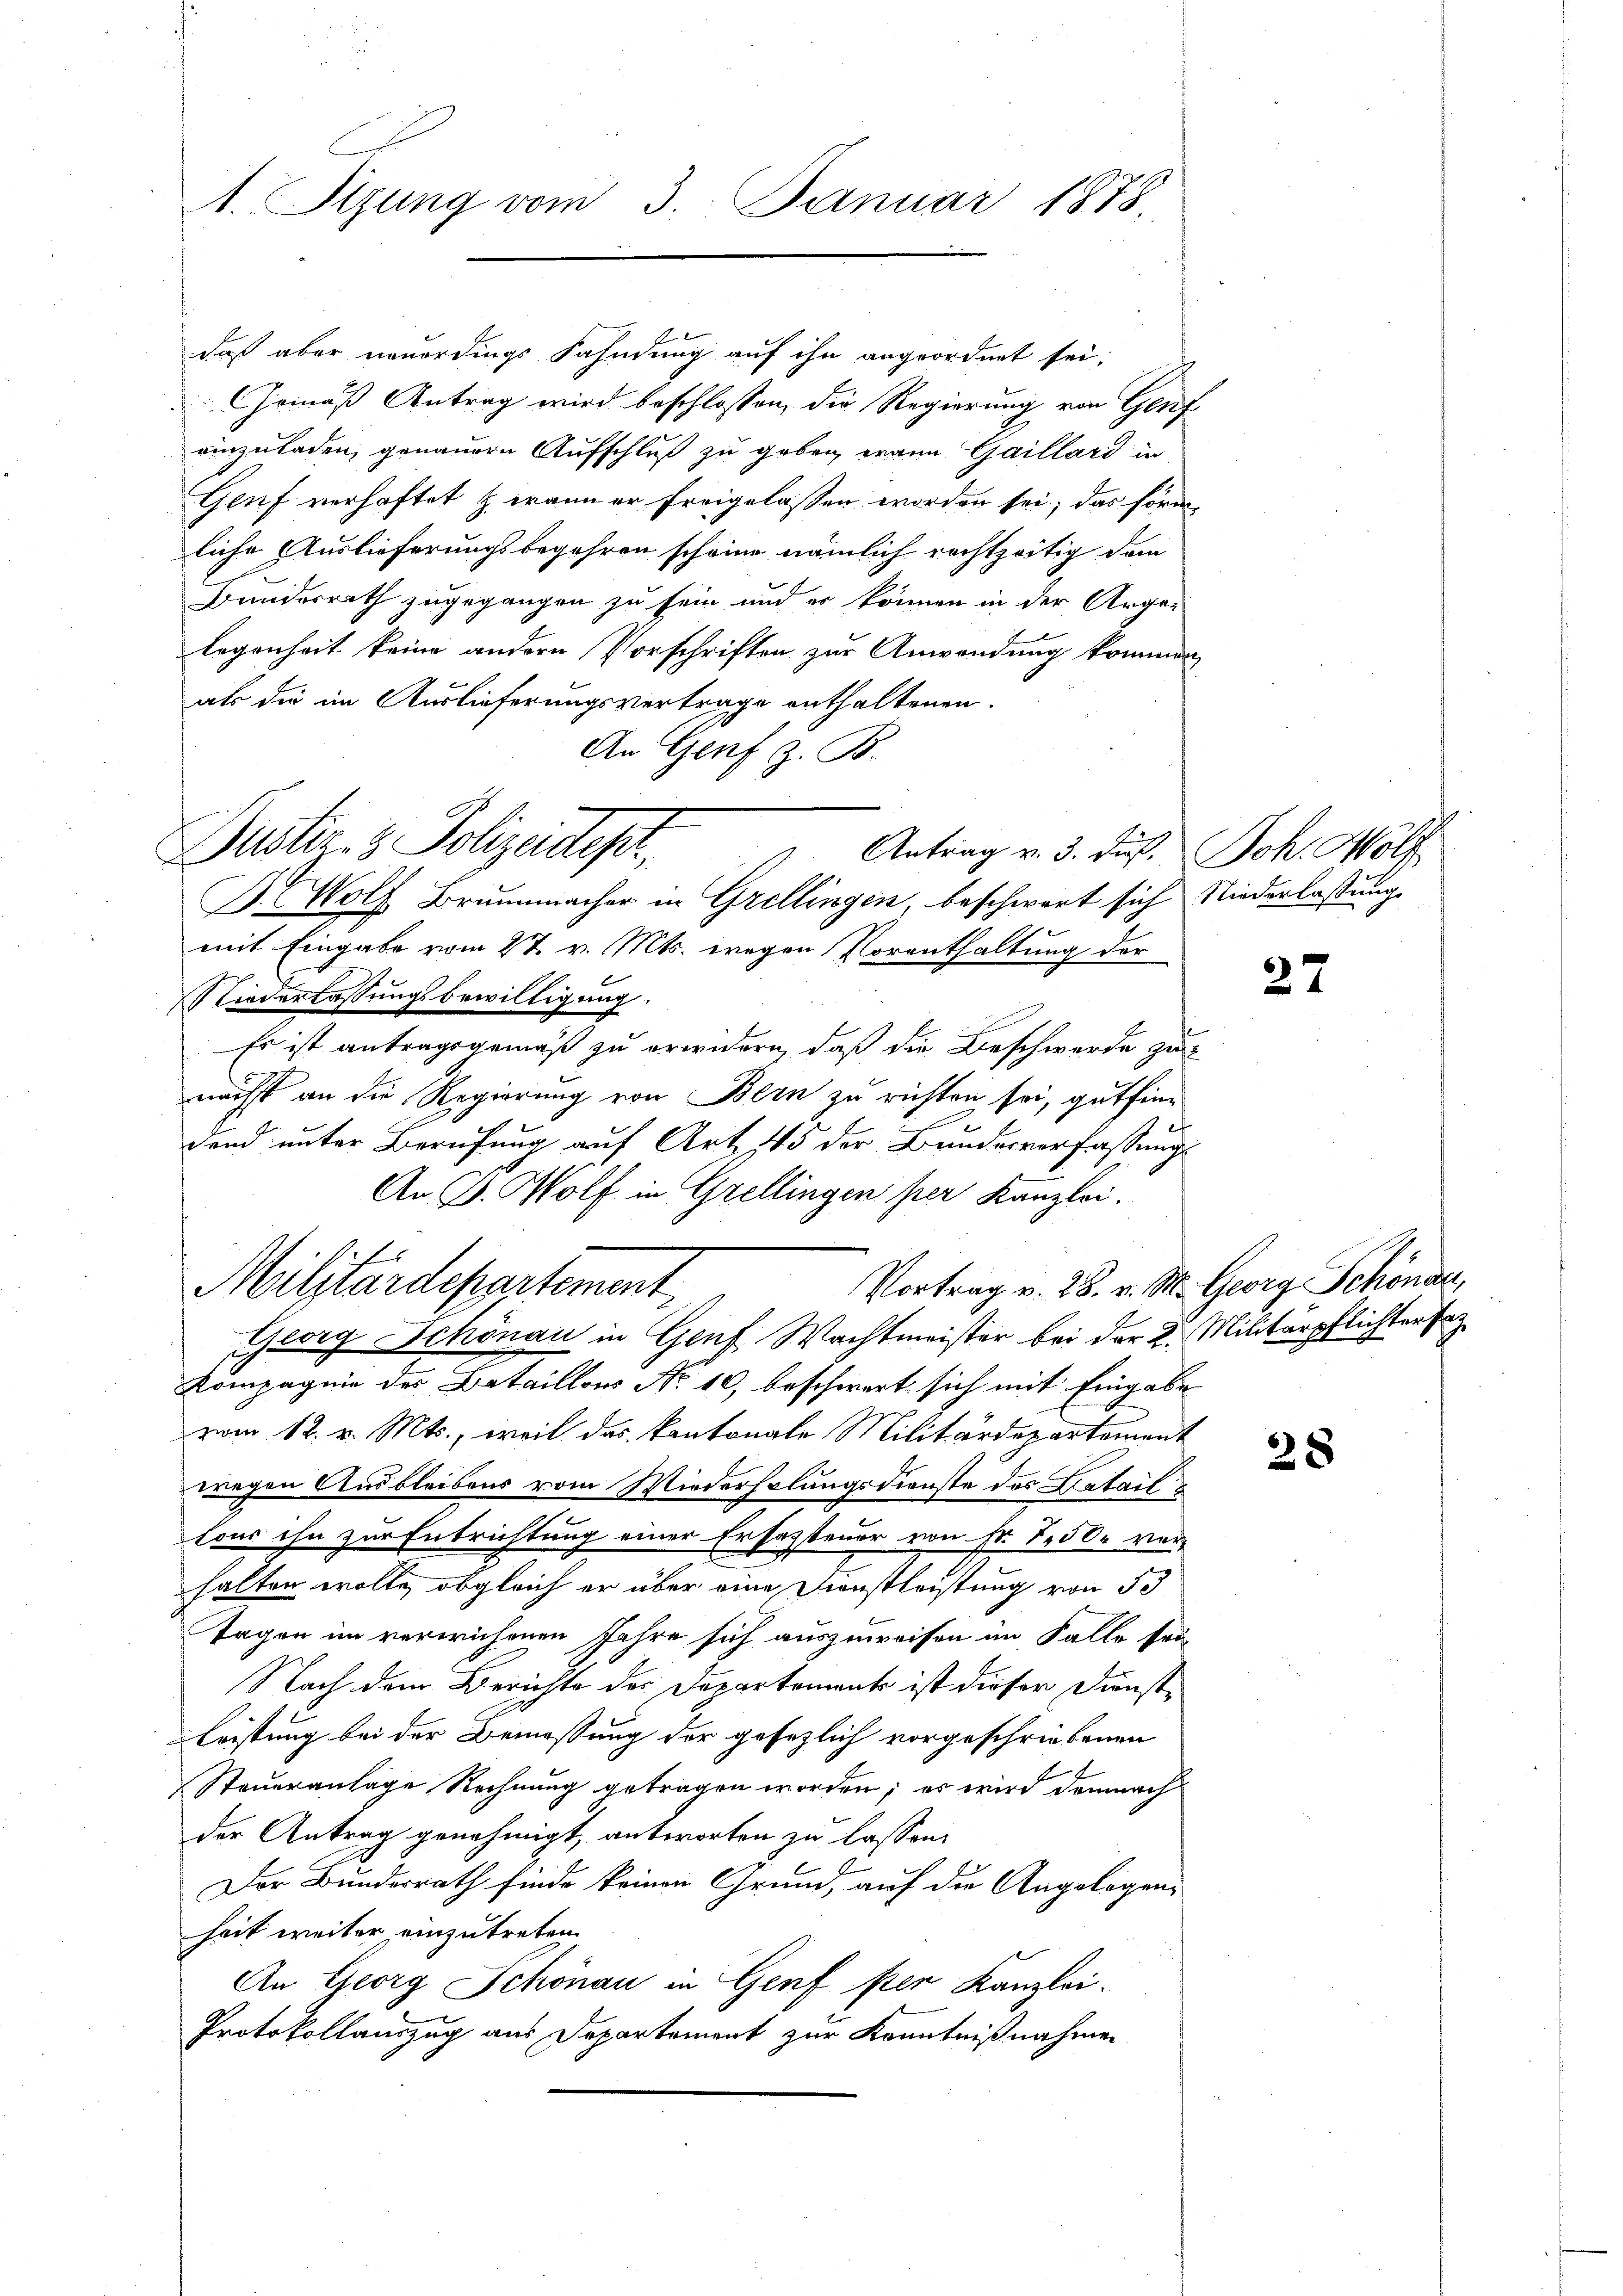
daß aber neuerdings Fahndung auf ihn angeordnet sei;
Gomäß Antrag wird beschlossen, die Regierung von Genf
einzuladen, genauern Aufschluß zu geben, wann Gaillard in
Genf verhaftet & wann er freigelassen worden sei, das förm
liche Auslieferungsbegehren scheine nämlich rechtzeitig dem
Bundesrath zugegangen zu sein und er können in der Arge-
legenheit keine andern Vorschriften zur Anwendung kommen
als die im Auslieferungsvertrage enthaltenen.
An Genf z. B.
Antrag v. 3. dieß. Joh. Wol
mit Eingabe vom 27. v. Mts. wegen Vorenthaltung der
NNiederlassungsbewilligung.
Es ist antragsgemäß zu erwidern, daß die Beschwerde zu
nächst an die Regierung von Bern zu richten sei, gutfindend unter Berufung auf Art. 45 der Bundesverfassungs
An B. Wolf in Grellingen per Kanzlei.
Vortrag v. 28. v. M. Georg Schönau,
Militärdepartement
Georg Schönau in Genf Wachtmeister bei der 2. Militärpflichter tr
Kompagnie des Detaillons No 10, beschwert sich mit Eingabe
vom 12. v. Mts., weil das kantonale Militärdepartement
wegen Ausbleibens vom Wiederholungsdienste des Batail
tour ihn zur Entrichtung einer Ersatzsteuer von Fr. 750. ver-
halten wolle, obgleich er über eine Dienstleistung von 50
Tagen im verwichenen Jahre sich auszuweisen im Falle sei
Nach dem Berichte der Departemente ist dieser Dienstleistung bei der Bemessung der gesezlich vorgeschriebenen
Steueranlage Rechnung getragen worden; es wird demnach
der Antrag genehmigt, antworten zu lassen.
Der Bundesrath finde keinen Grund, auf die Angelegenheit weiter einzutreten.
An Georg Schönau in Genf per Kanzlei.
Protokollauszug aus Departement zur Kenntnißnahmen

A. Sizung vom 3. Januar 1878

Justiz- & Polizeides,
B. Wolf Brunnmacher in Grellingen beschwert sich Niederlaßung

27

28